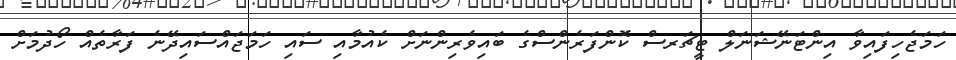
ހަމަޖެހިފައިވާ އިންޓަނޭޝަނަލް ޓީޗަރސް ކޮންފަރެންސްގެ ބައިވެރިންނަށް ކެއުމާއި ސައި ހަމަޖައްސައިދޭނެ ފަރާތެއް ހޯދުމަށް